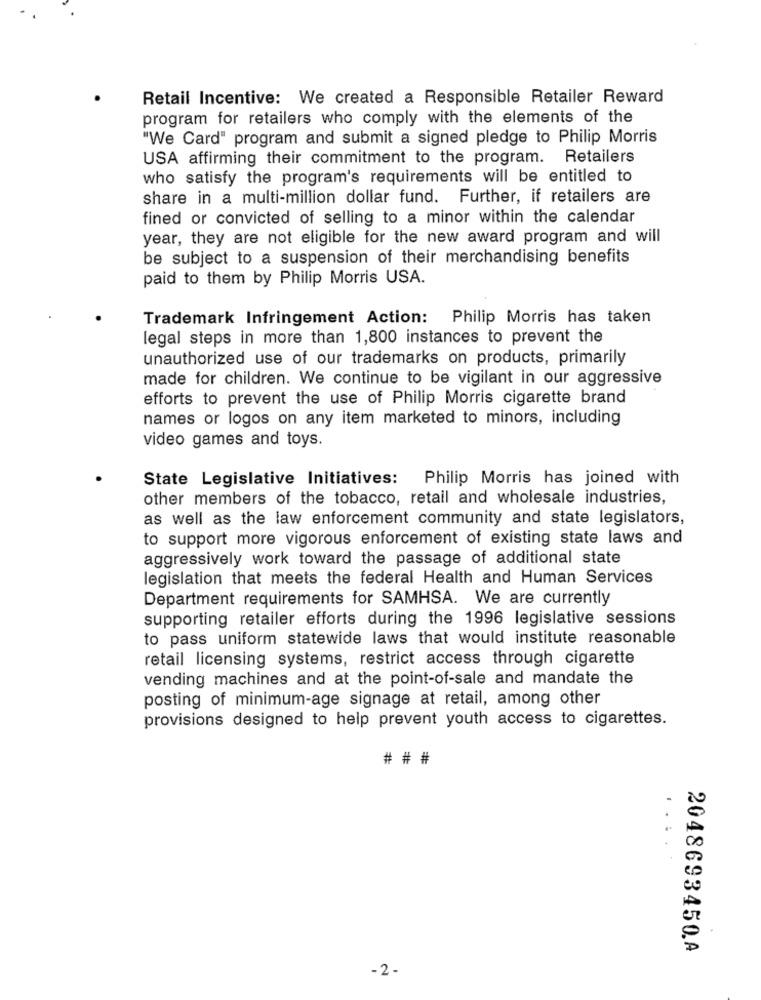
Retail Incentive: We created a Responsible Retailer Reward
program for retailers who comply with the elements of the
"We Card" program and submit a signed pledge to Philip Morris
USA affirming their commitment to the program. Retailers
who satisfy the program's requirements will be entitled to
share in a multi-million dollar fund. Further, if retailers are
fined or convicted of selling to a minor within the calendar
year, they are not eligible for the new award program and will
be subject to a suspension of their merchandising benefits
paid to them by Philip Morris USA.
Trademark Infringement Action: Philip Morris has taken
legal steps in more than 1,800 instances to prevent the
unauthorized use of our trademarks on products, primarily
made for children. We continue to be vigilant in our aggressive
efforts to prevent the use of Philip Morris cigarette brand
names or logos on any item marketed to minors, including
video games and toys.
State Legislative Initiatives: Philip Morris has joined with
other members of the tobacco, retail and wholesale industries,
as well as the law enforcement community and state legislators,
to support more vigorous enforcement of existing state laws and
aggressively work toward the passage of additional state
legislation that meets the federal Health and Human Services
Department requirements for SAMHSA. We are currently
supporting retailer efforts during the 1996 legislative sessions
to pass uniform statewide laws that would institute reasonable
retail licensing systems, restrict access through cigarette
vending machines and at the point-of-sale and mandate the
posting of minimum-age signage at retail, among other
provisions designed to help prevent youth access to cigarettes.
# # #
....
2048693450.A
-2 -